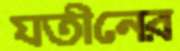
যতীনের